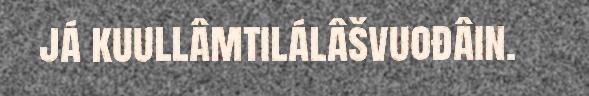
já kuullâmtilálâšvuođâin.